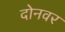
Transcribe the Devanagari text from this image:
दोनवर